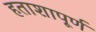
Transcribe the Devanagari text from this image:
हताशापूर्ण